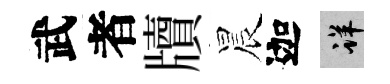
武者牘晨迦详